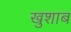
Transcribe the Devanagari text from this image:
खुशाब